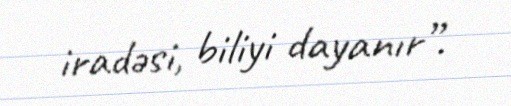
iradəsi, biliyi dayanır”.